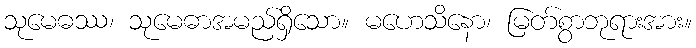
သုမေဓဿ၊ သုမေဓာအမည်ရှိသော။ မဟေသိနော၊ မြတ်စွာဘုရားအား။